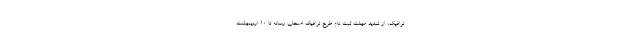
ترافیک، از تمدید مهلت ثبت نام طرح ترافیک اصحاب رسانه تا ۱۰ اردیبهشت